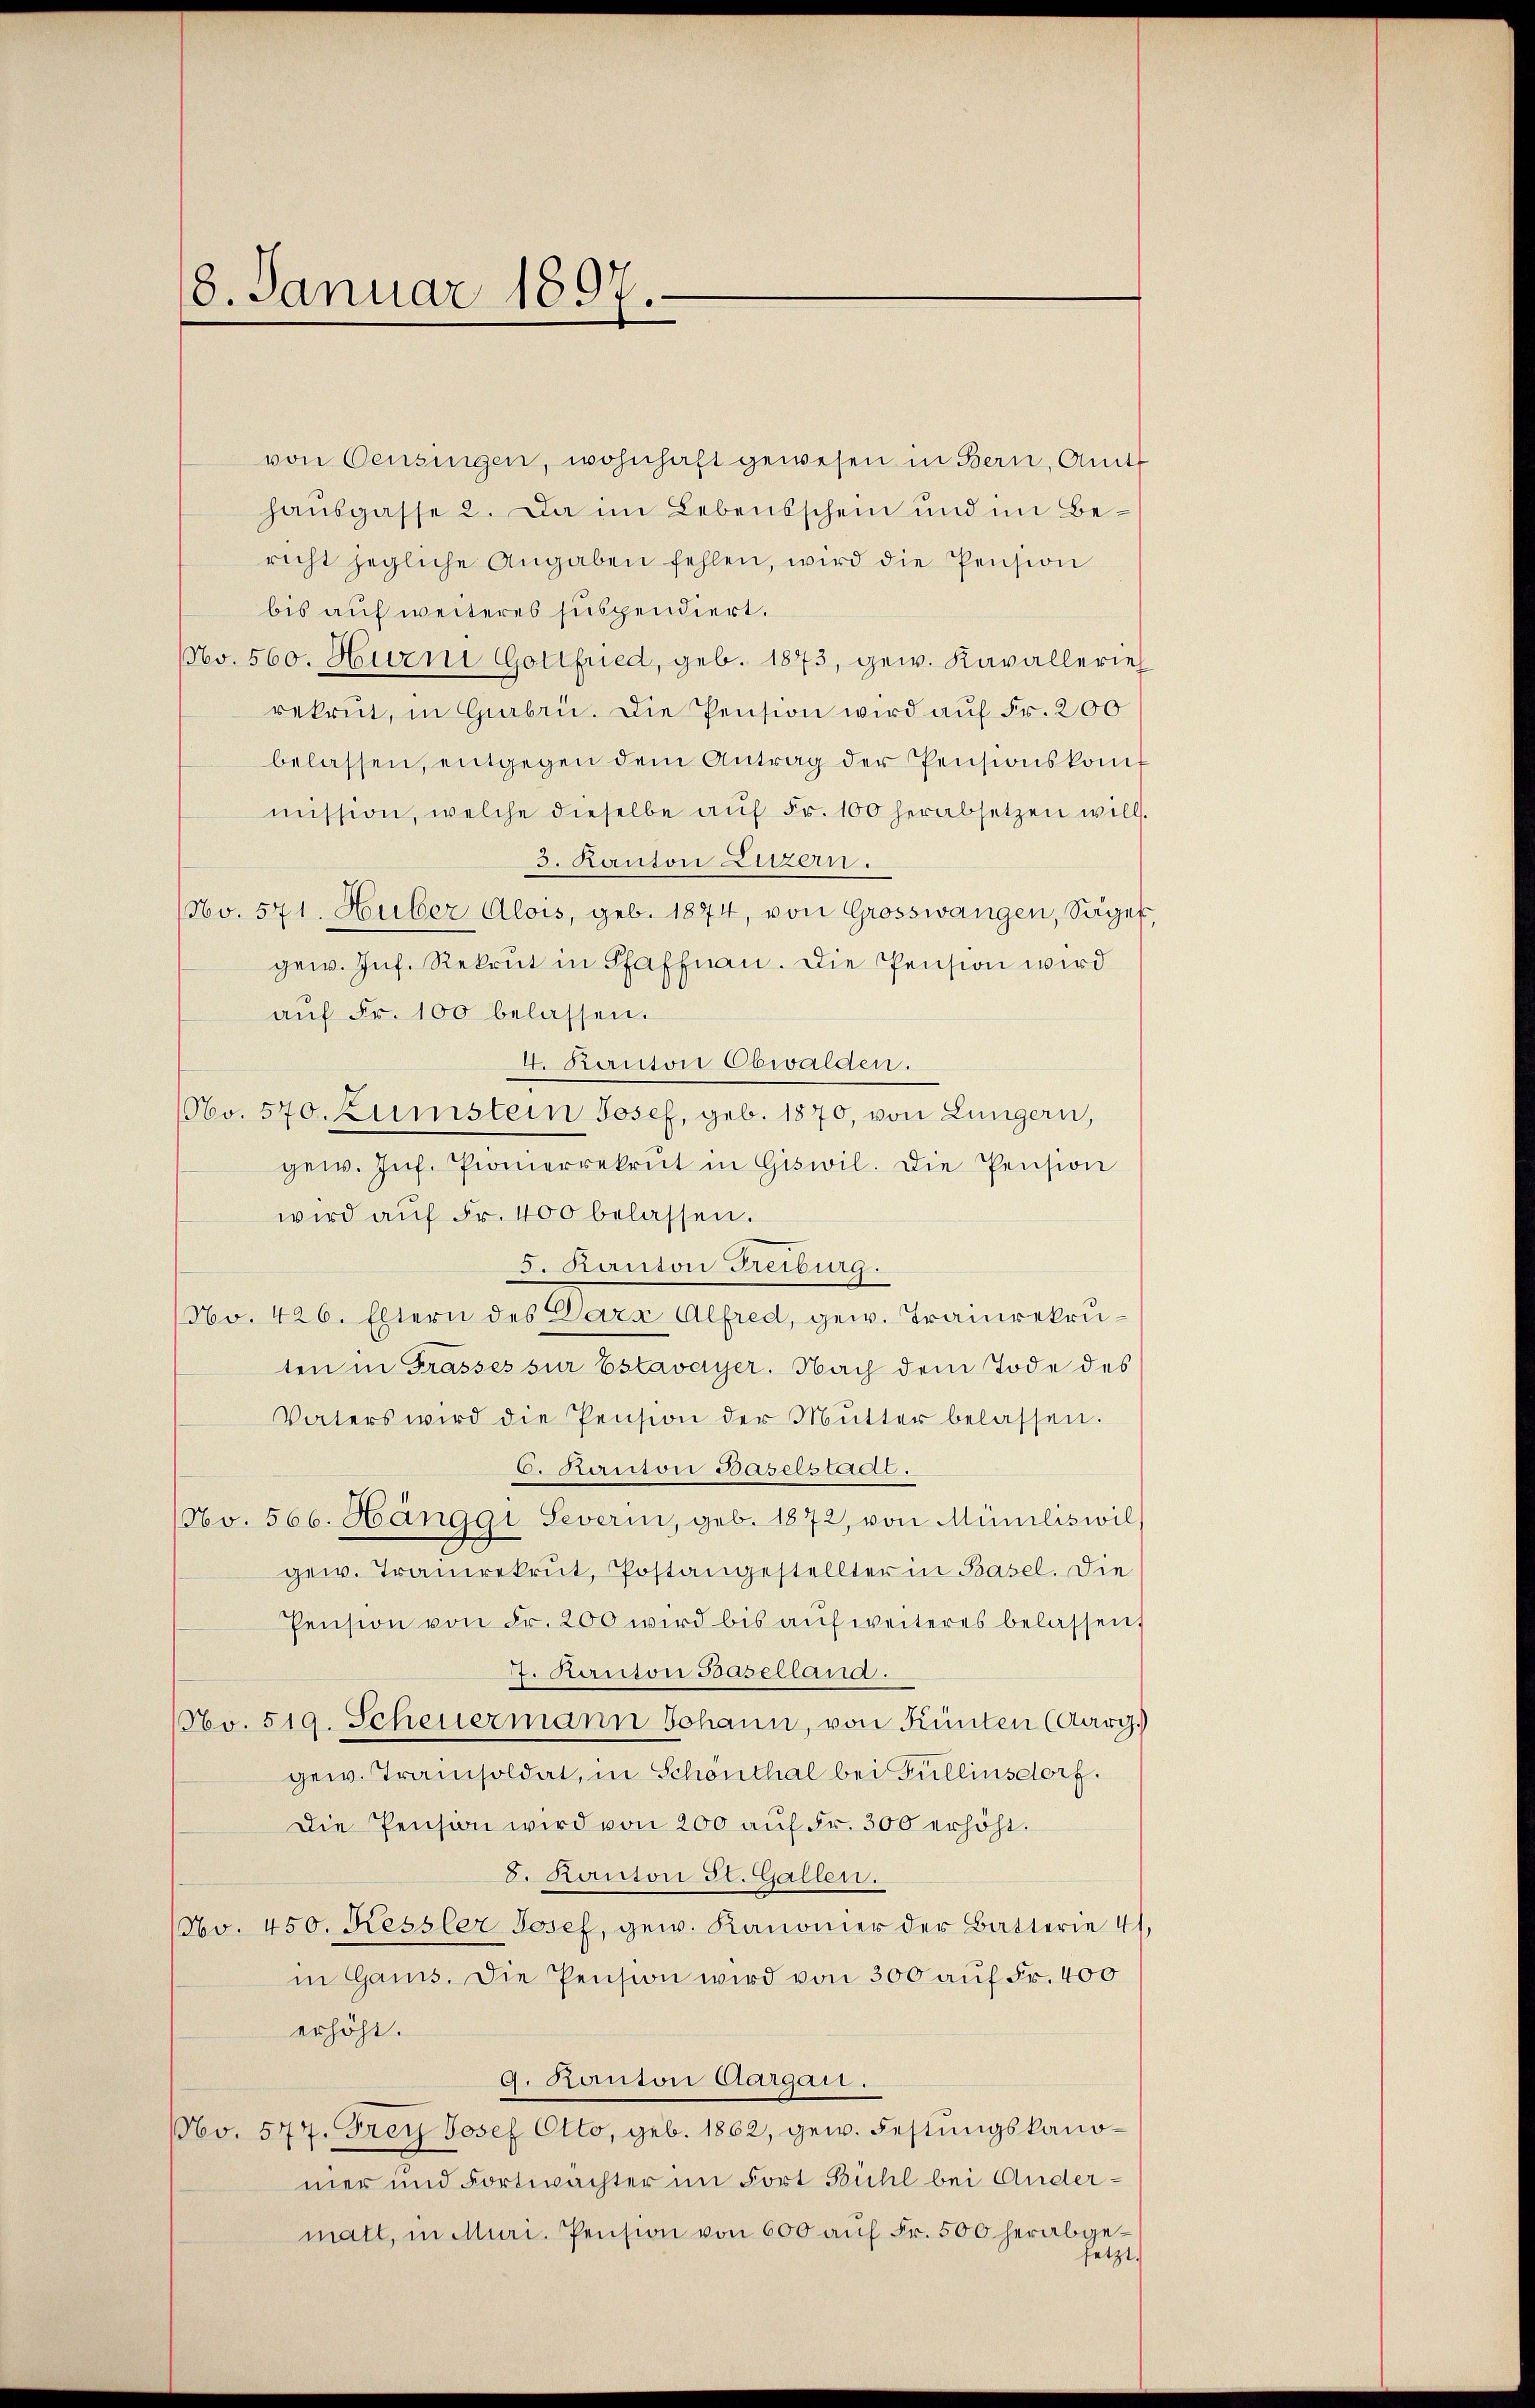
8. Januar 1897.

von Censingen, wohnhaft gewesen in Bern, Amts
hansgasse 2. Da im Lebensschein und im Bericht jegliche Angaben fehlen, wird die Pension
bis auf weiteres suspendiert.
No. 560. Hurni Gottfried, geb. 1873, gew. Kavallerie
rekrut, in Gabri. Die Pension wird auf Fr. 200
belassen, entgegen dem Antrag der Pensionskonf
mission, welche dieselbe aŭf Fr. 100 herabsetzen will.
3. Kanton Luzern.
NNo. 571. Huber Alois, geb. 1874, von Grosswangen, Säger,
gew. Inf. Rekrut in Pfaffnau. Die Pension wird
aŭf Fr. 100 belassen.
4. Kanton Obwalden.
NNo. 570. Zumstein Josef, geb. 1870, von Lungern,
gew. Inf. Pionierrekrut in Giswil. Die Pension
wird aŭf Fr. 400 belassen.
5. Kanton Freiburg.
(No. 426. Eltern des Darz Alfred, gew. Traunrekruten in Grasses sur Estavayer. Nach dem Tode des
Vaters wird die Pension der Mŭtter belassen.
C. Kanton Baselstadt.
(No. 566. Hänggi Severin, geb. 1872, von Müniliswil
gew. Tranrekrut, Postangestellter in Basel. Die
Pension von Fr. 200 wird bis aŭf weiteres belassen,
J. Kanton Baselland.
No. 519. Scheuermann Johann, von Künten (Aarg.)
gew. Tramisoldat, in Schonthal bei Fullinsdorf.
Die Pension wird von 200 auf Fr. 300 erhöht.
8. Kanton St. Gallen.
(No. 450. Kessler Josef, gew. Kanonier der Batterie 41
in Gams. Die Pension wird von 300 auf Fr. 400
erhöht.
9. Kanton Aargau.
NNo. 577. Frey Josef Otto, geb. 1862, gew. Festungskanomer und Fortwachter im Fort Bühl bei Andermatt, in Muri, Pension von 600 auf Fr. 500 herabgesetzt.